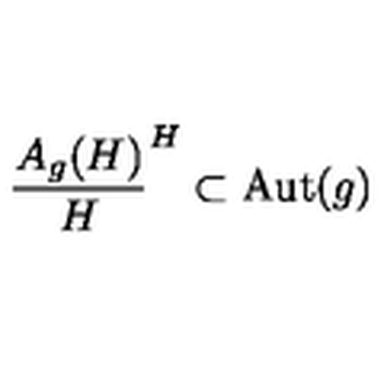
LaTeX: \frac { A _ { g } ( H ) } { H } \sp H \subset \mathrm { A u t } ( g )